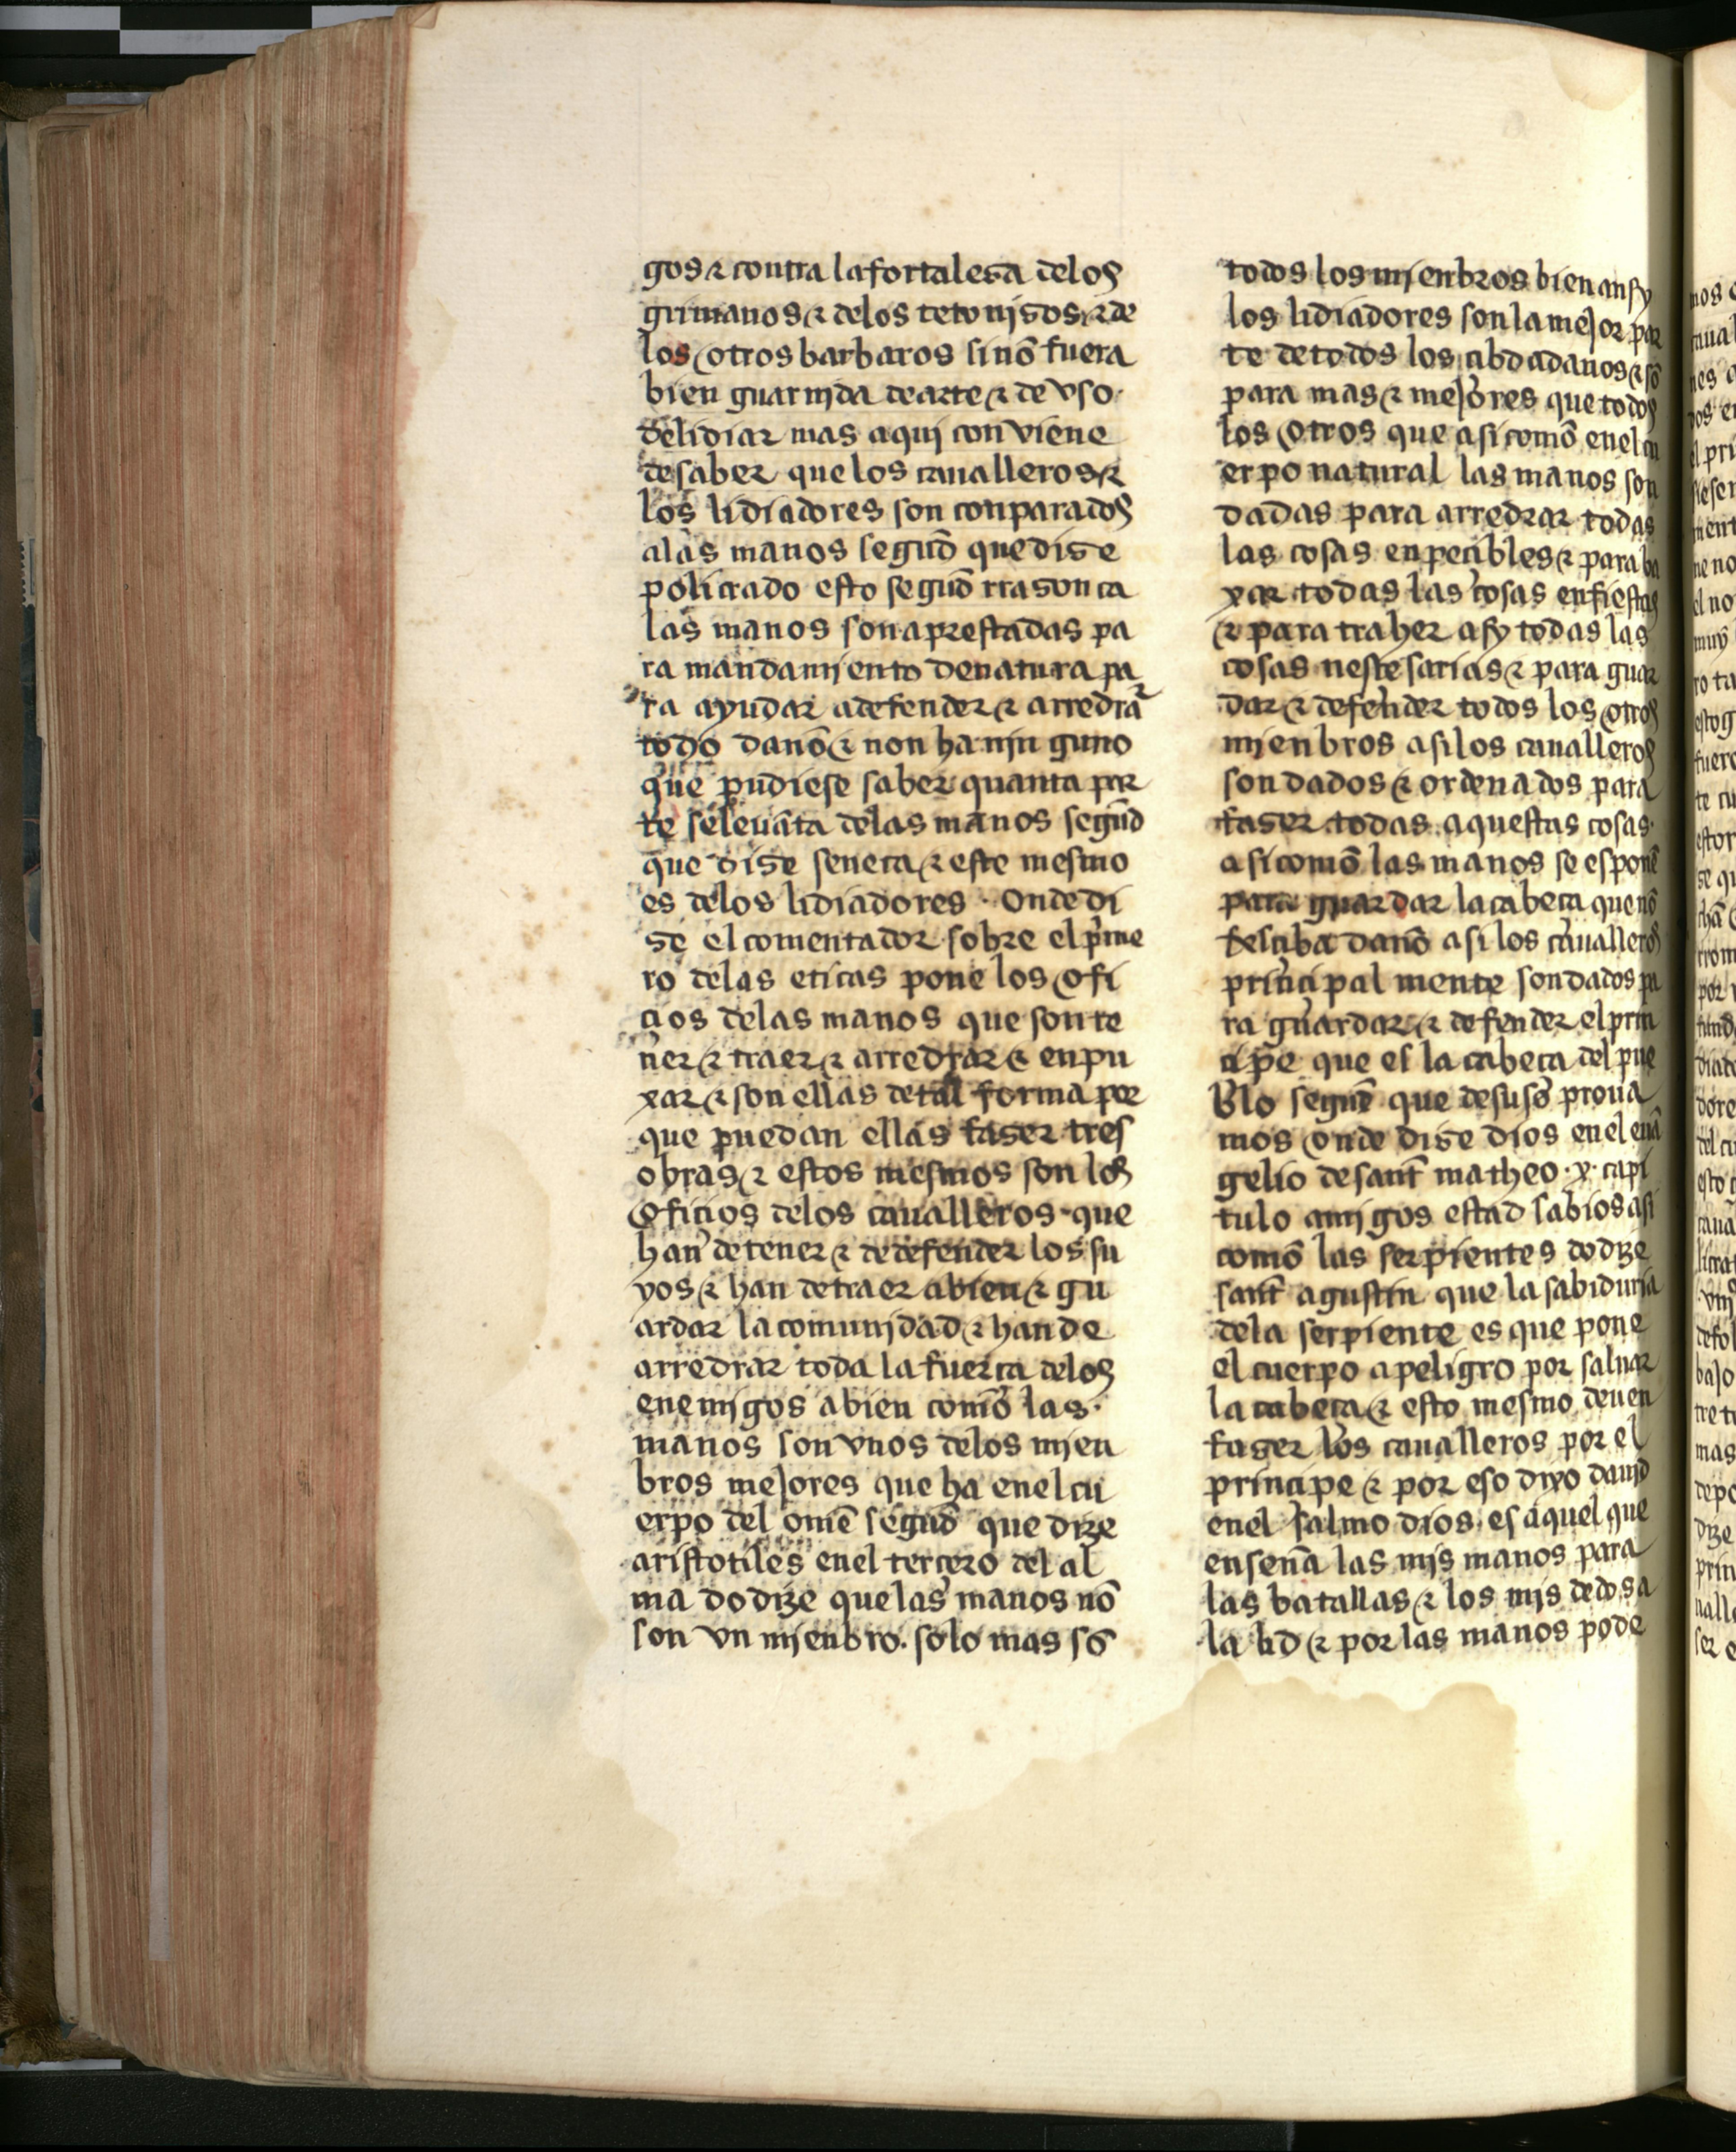
Shelfmark: Salamanca, Biblioteca Histórica USAL, 2709
Century: 15